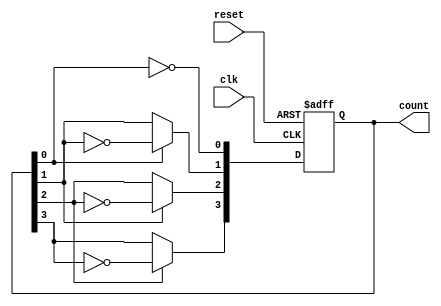
module asynchronous_counter (
    input wire clk,          // Clock input
    input wire reset,        // Asynchronous reset
    output reg [3:0] count   // 4-bit counter output
);

// Always block for the asynchronous reset and counting operation
always @(posedge clk or posedge reset) begin
    if (reset) begin
        count <= 4'b0000;   // Reset counter to 0
    end else begin
        count[0] <= ~count[0]; // Toggle LSB on each clock pulse
        count[1] <= count[0] ? ~count[1] : count[1]; // Toggle next bit on LSB transition
        count[2] <= count[1] ? ~count[2] : count[2]; // Toggle next bit on second LSB transition
        count[3] <= count[2] ? ~count[3] : count[3]; // Toggle MSB on third LSB transition
    end
end

endmodule